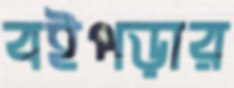
বইপড়ার